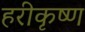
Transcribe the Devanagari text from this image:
हरीकृष्ण